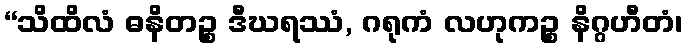
“သိထိလံ ဓနိတဉ္စ ဒီဃရဿံ, ဂရုကံ လဟုကဉ္စ နိဂ္ဂဟီတံ၊